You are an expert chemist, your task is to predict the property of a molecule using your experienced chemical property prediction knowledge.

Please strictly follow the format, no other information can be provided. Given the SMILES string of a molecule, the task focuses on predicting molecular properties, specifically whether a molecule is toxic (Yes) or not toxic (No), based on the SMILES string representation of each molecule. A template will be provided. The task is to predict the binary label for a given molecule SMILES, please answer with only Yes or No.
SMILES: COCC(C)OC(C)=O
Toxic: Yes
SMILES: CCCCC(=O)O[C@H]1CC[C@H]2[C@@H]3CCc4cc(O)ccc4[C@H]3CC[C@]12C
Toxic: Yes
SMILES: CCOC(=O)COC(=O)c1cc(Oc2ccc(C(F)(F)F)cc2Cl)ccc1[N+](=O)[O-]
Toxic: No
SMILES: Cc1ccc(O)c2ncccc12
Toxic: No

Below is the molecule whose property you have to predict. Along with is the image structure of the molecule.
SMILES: CN(C)CCN(C)C
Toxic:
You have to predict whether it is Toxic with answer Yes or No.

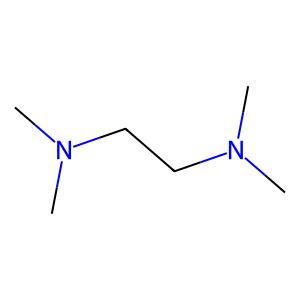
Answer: No